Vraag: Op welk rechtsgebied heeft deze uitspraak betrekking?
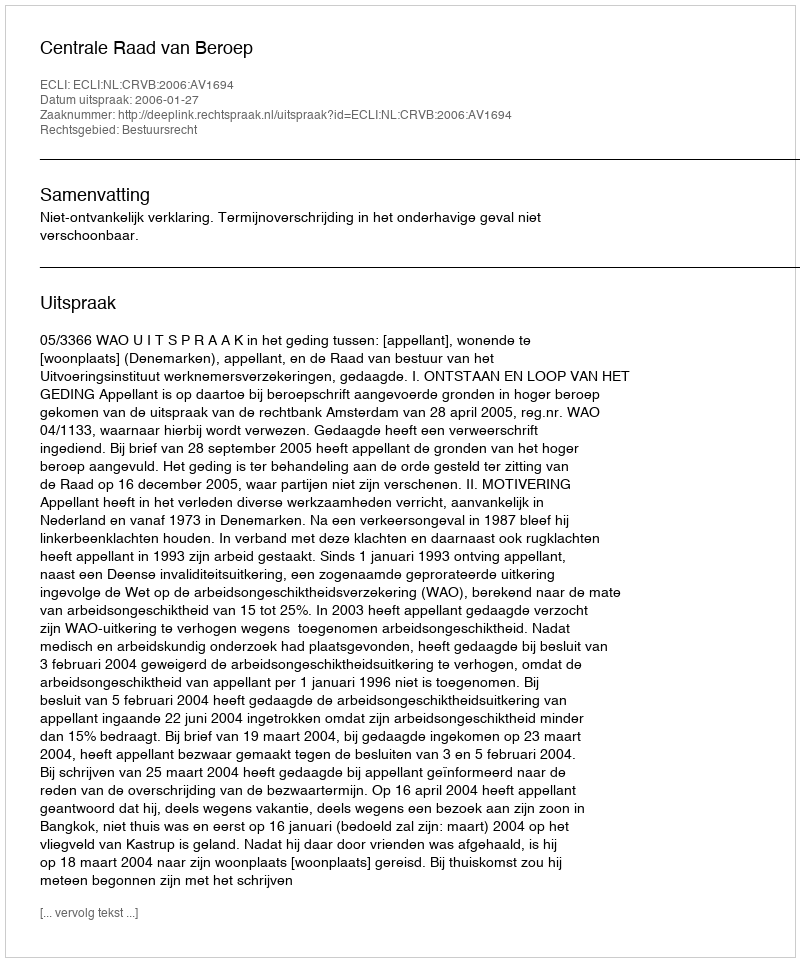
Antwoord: Bestuursrecht